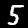
Digit: 5